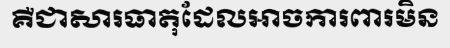
គឺជាសារធាតុដែលអាចការពារមិន